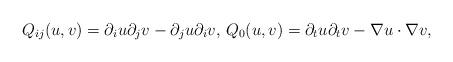
LaTeX: \begin{align*}Q_{ij}(u,v) & = \partial_iu\partial_jv - \partial_ju\partial_iv, \, Q_{0}(u,v) = \partial_tu\partial_tv -\nabla u\cdot\nabla v,\end{align*}